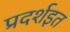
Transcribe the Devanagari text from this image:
प्रदर्शइत